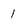
Character: 1